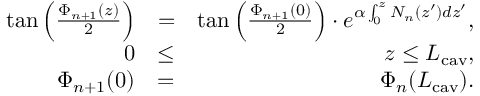
\begin{array} { r l r } { \tan \Big ( \frac { \Phi _ { n + 1 } ( z ) } { 2 } \Big ) } & { = } & { \tan \Big ( \frac { \Phi _ { n + 1 } ( 0 ) } { 2 } \Big ) \cdot e ^ { \alpha \int _ { 0 } ^ { z } N _ { n } ( z ^ { \prime } ) d z ^ { \prime } } , } \\ { 0 } & { \le } & { z \le L _ { \mathrm { c a v } } , } \\ { \Phi _ { n + 1 } ( 0 ) } & { = } & { \Phi _ { n } ( L _ { \mathrm { c a v } } ) . } \end{array}